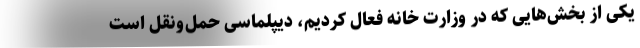
یکی از بخش‌هایی که در وزارت خانه فعال کردیم، دیپلماسی حمل‌ونقل است